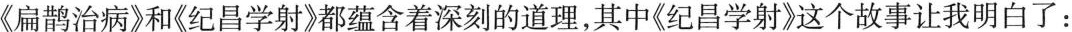
《扁鹊治病》和《纪昌学射》都蕴含着深刻的道理，其中《纪昌学射》这个故事让我明白了：